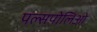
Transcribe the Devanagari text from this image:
पल्सपोलिओ